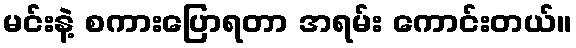
မင်းနဲ့ စကားပြောရတာ အရမ်း ကောင်းတယ်။